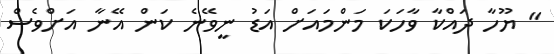
" ޔޫހާ ދައްކާ ވާހަކަ މަންމައަށް އަޑު ނީވޭނެ ކަން އޭނާ އަށްވެސް